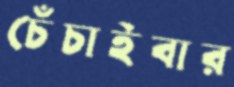
চেঁচাইবার